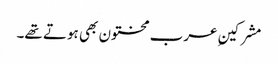
مشرکینِ عرب مختون بھی ہوتے تھے۔